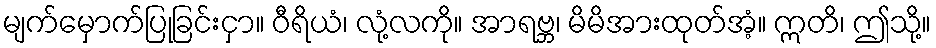
မျက်မှောက်ပြုခြင်းငှာ။ ဝီရိယံ၊ လုံ့လကို။ အာရဗ္ဘ၊ မိမိအားထုတ်အံ့။ ဣတိ၊ ဤသို့။